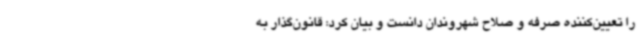
را تعیین‌کننده صرفه و صلاح شهروندان دانست و بیان کرد: قانون‌گذار به